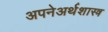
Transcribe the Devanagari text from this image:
अपनेअर्थशास्त्र